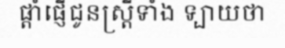
ផ្តាំផ្ញើជូនស្ត្រីទាំង ទ្បាយថា